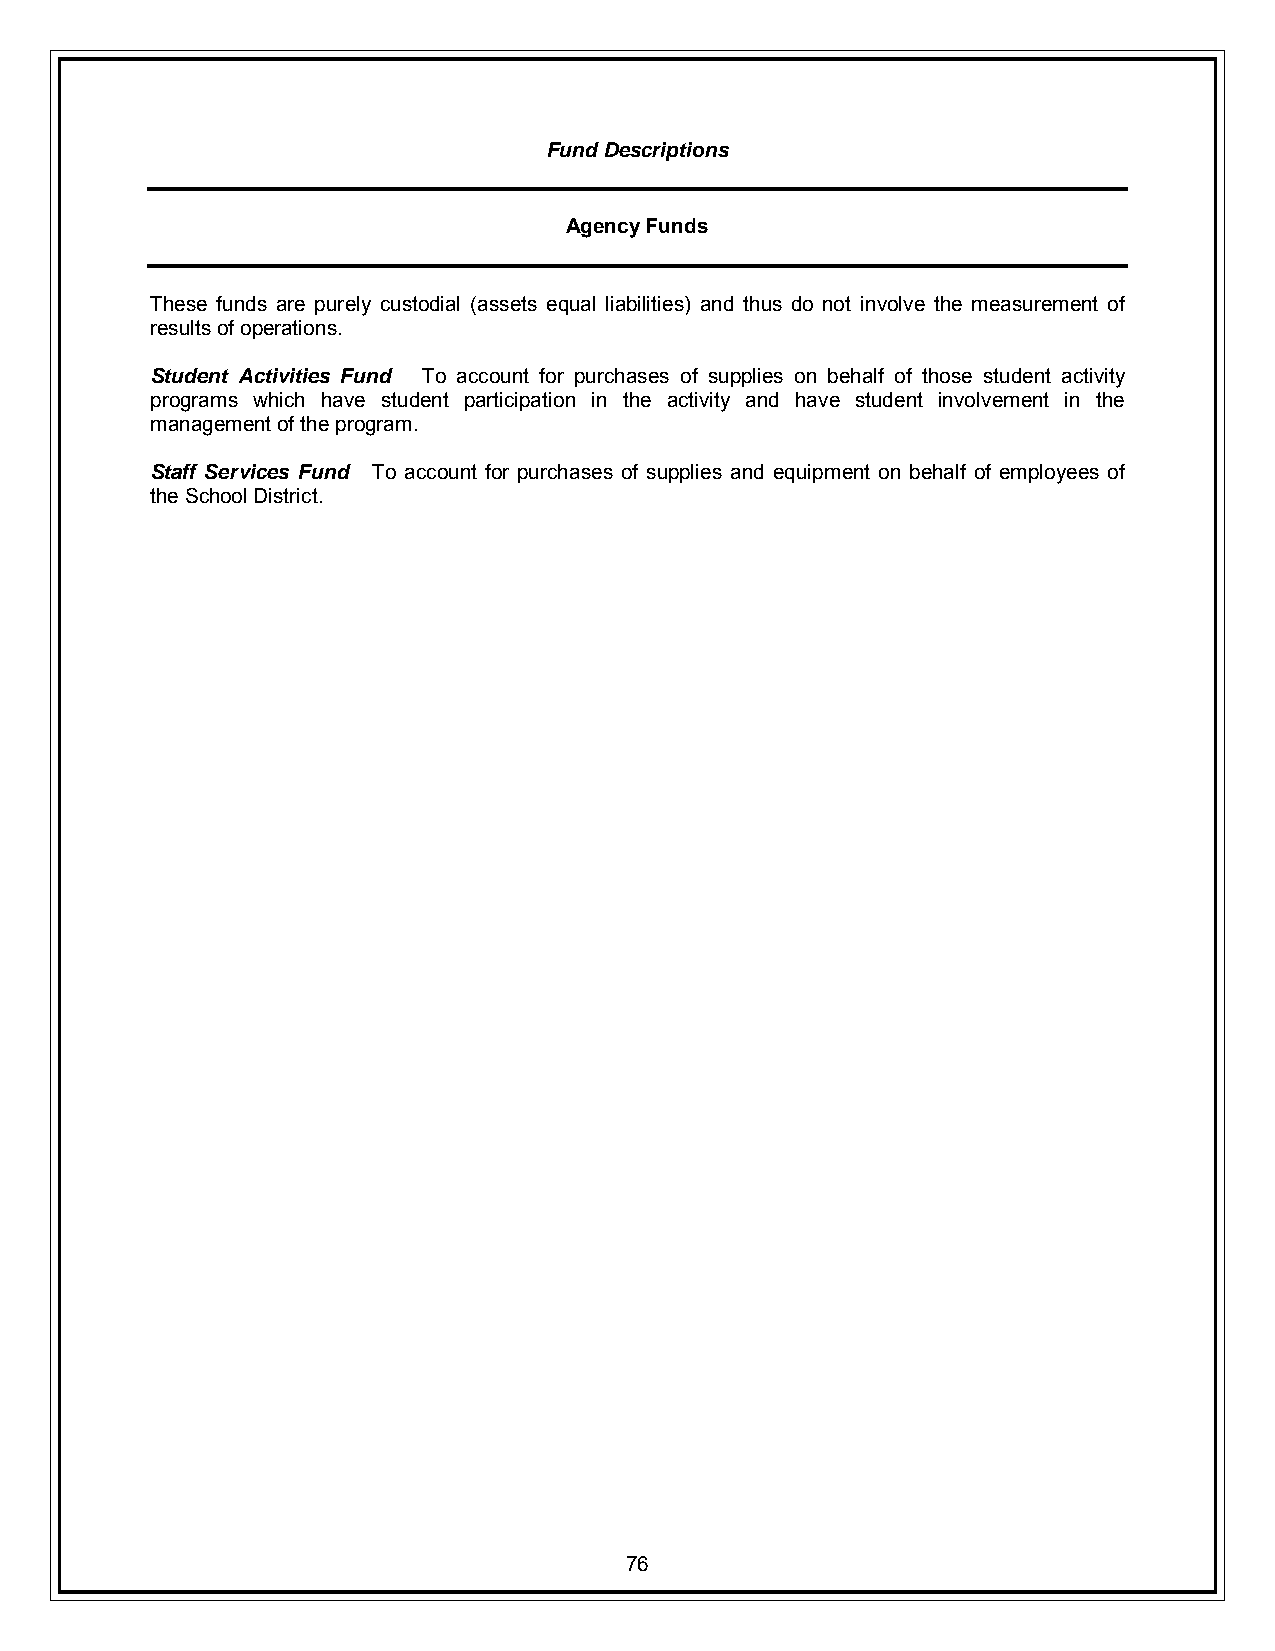
Fund Descriptions
 Agency Funds
 These funds are purely custodial (assets equal liabilities) and thus do not involve the measurement of
 results of operations.
 Student Activities Fund To account for purchases of supplies on behalf of those student activity
 programs which have student participation in the activity and have student involvement in the
 management of the program.
 Staff Services Fund To account for purchases of supplies and equipment on behalf of employees of
 the School District.
 76